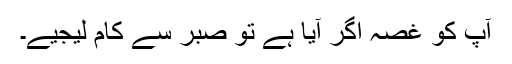
آپ کو غصہ اگر آیا ہے تو صبر سے کام لیجیے۔